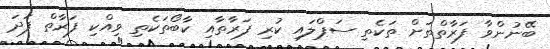
ބޭނުންވާ ފަރާތްތަަށް ތަކެތި ސަޕްލައި ކުރި ފަރާތާއި ކާބޯތަކެތި ވިއްކި ފަރާތް ފަދަ